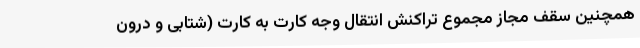
همچنین سقف مجاز مجموع تراکنش انتقال وجه کارت به کارت (شتابی و درون